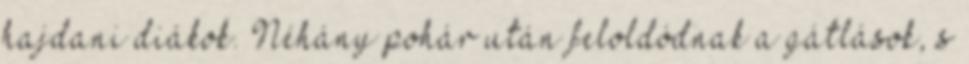
hajdani diákok. Néhány pohár után feloldódnak a gátlások, s